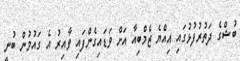
ބުޝްގެ ދަތުރުފުޅުގައި އިއްޔެ ޒެމްބިއާ އަށް ވަޑައިގެންފައި ވާއިރު އެ ގައުމުން ބުނީ